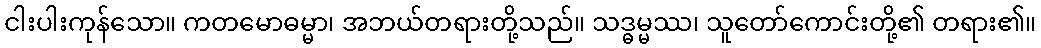
ငါးပါးကုန်သော။ ကတမောဓမ္မာ၊ အဘယ်တရားတို့သည်။ သဒ္ဓမ္မဿ၊ သူတော်ကောင်းတို့၏ တရား၏။